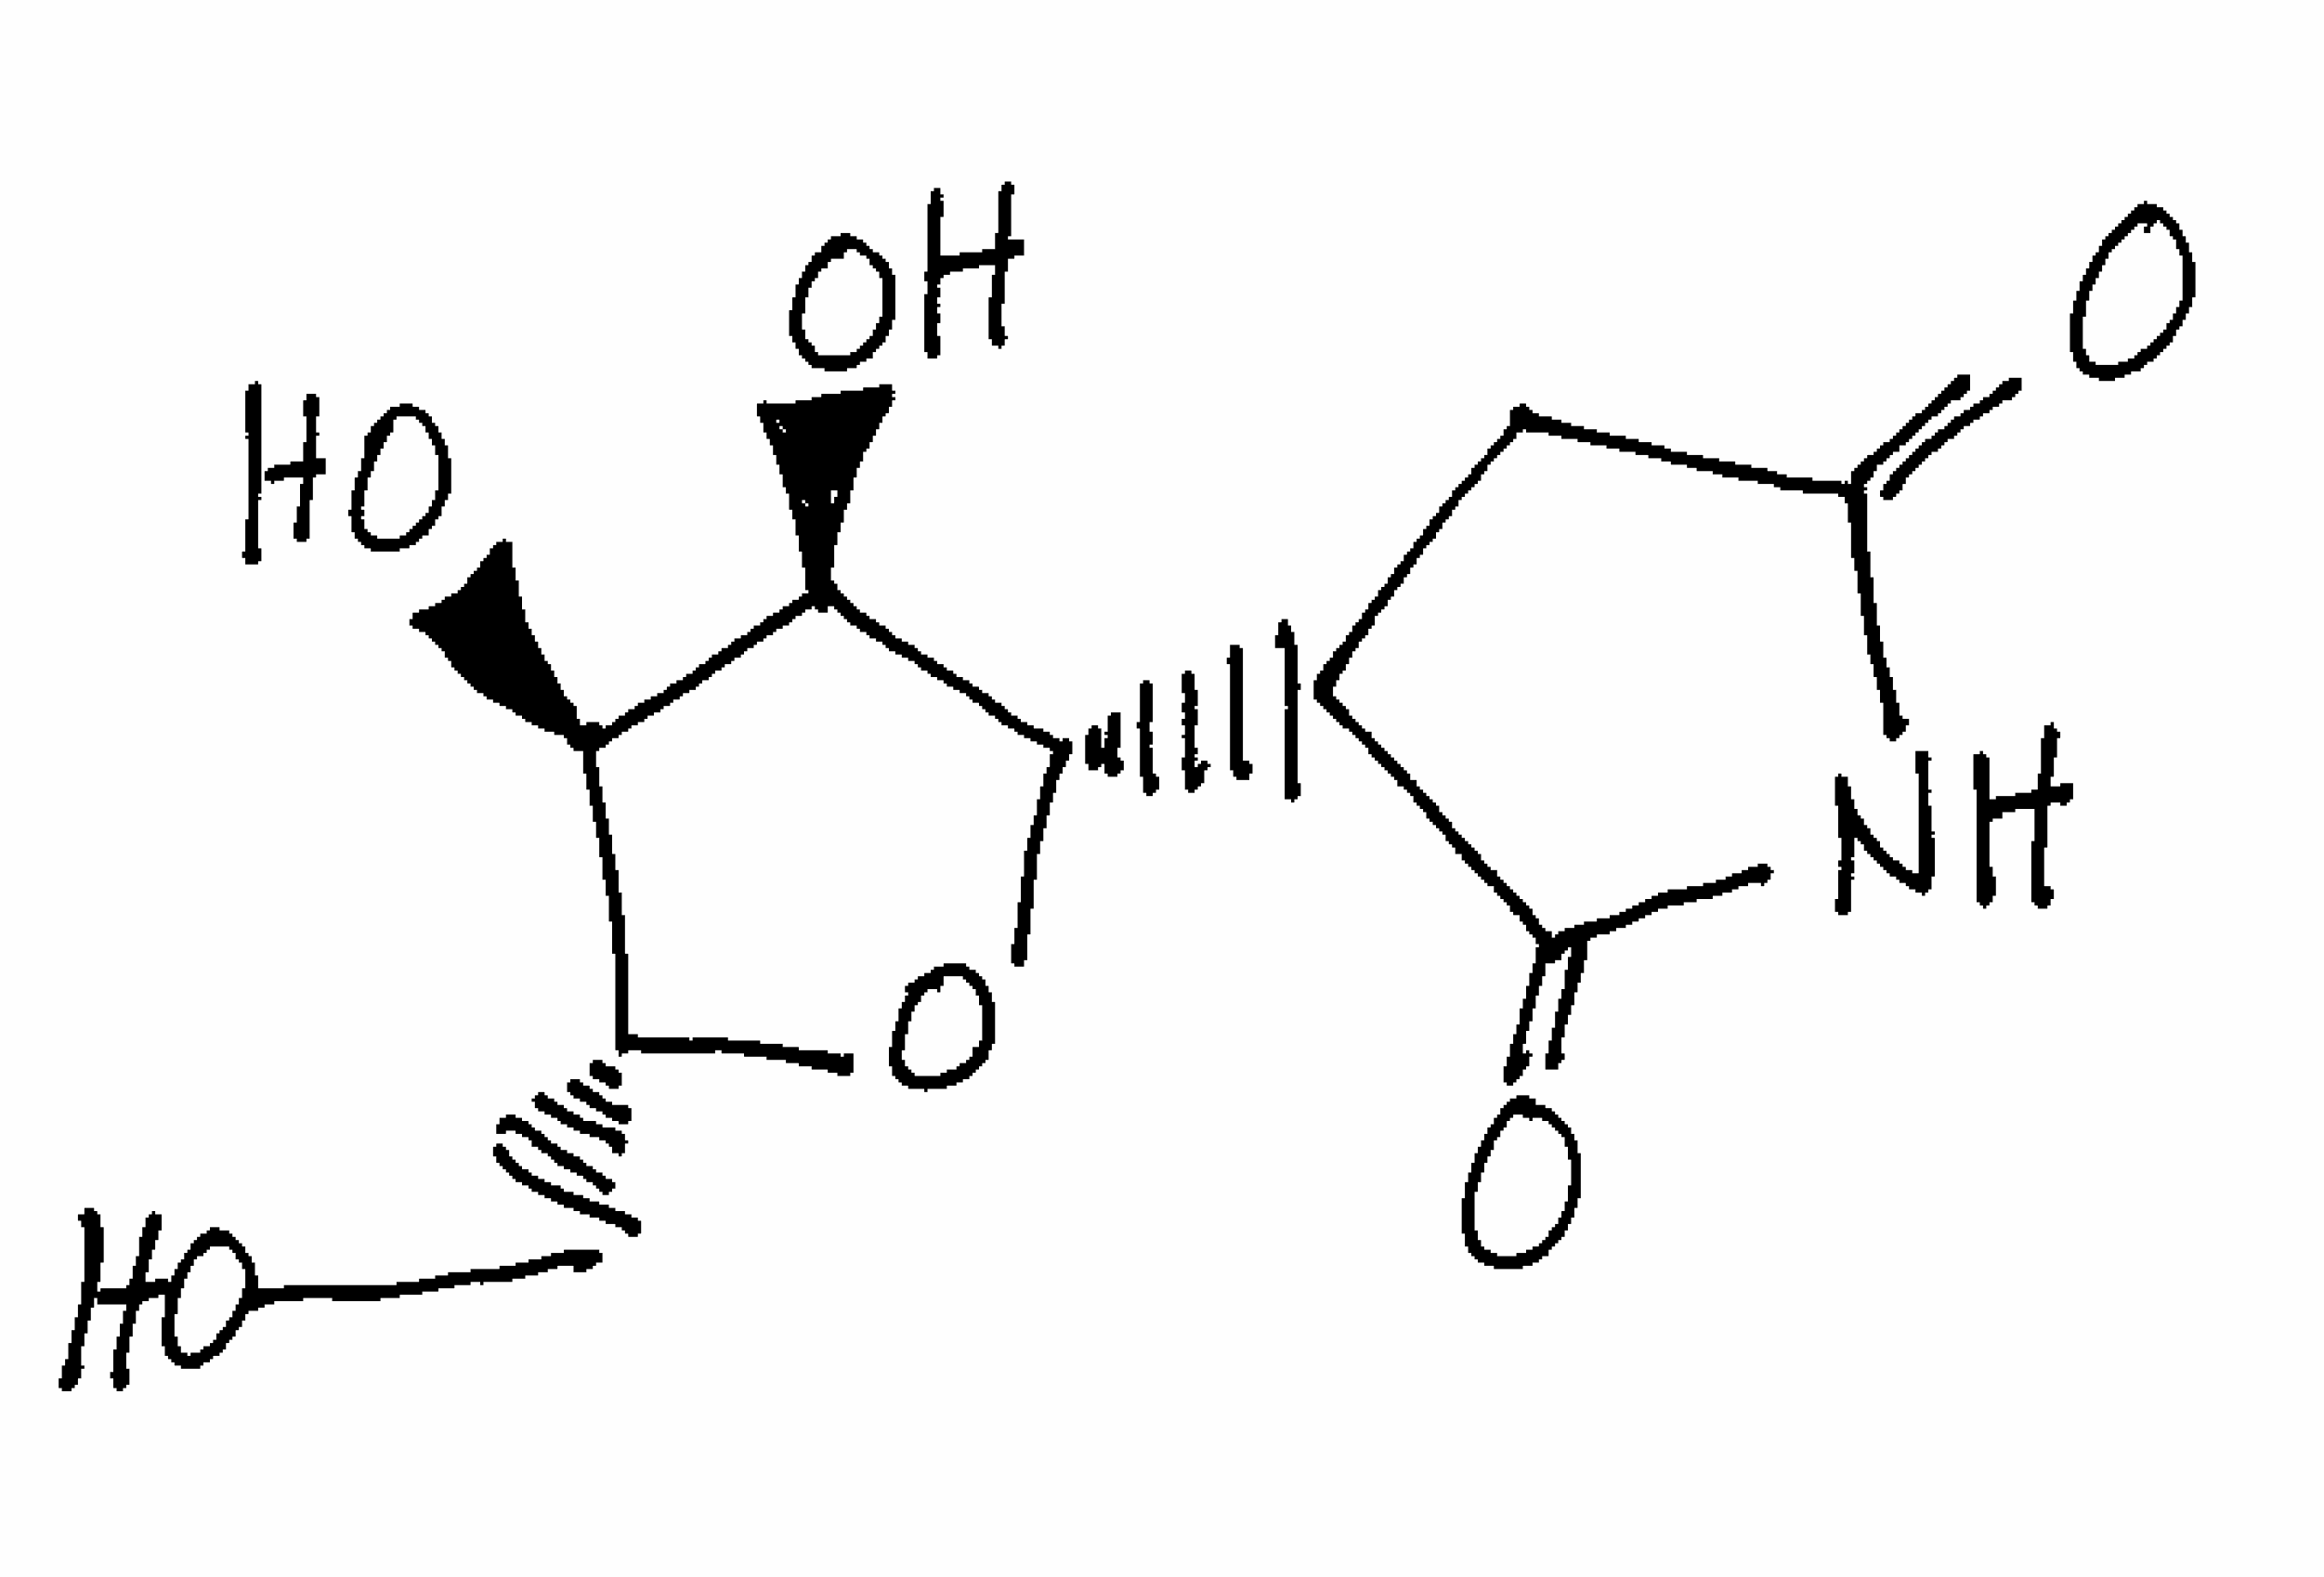
Simplified molecular-input line-entry system (SMILES) notation of the given molecule:
C1=C(C(=O)NC1=O)[C@H]2[C@@H]([C@@H]([C@H](O2)CO)O)O